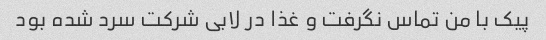
پیک با من تماس نگرفت و غذا در لابی شرکت سرد شده بود